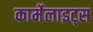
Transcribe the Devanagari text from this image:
कार्मेलाइट्स